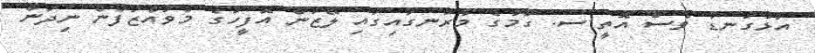
އަޅުގަނޑު ވެސް އޮތީ ސ. ގަމުގެ މާރަނގައިގައި ލޭޒަން އޮފީހުގެ މުވައްޒަފުން ނިދަން